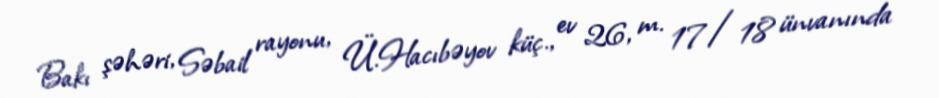
Bakı şəhəri, Səbail rayonu, Ü.Hacıbəyov küç., ev 26, m. 17/18 ünvanında